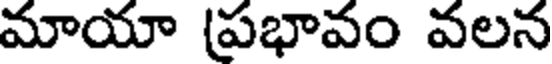
మాయా (ప్రభావం వలన